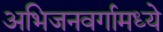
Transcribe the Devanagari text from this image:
अभिजनवर्गामध्ये